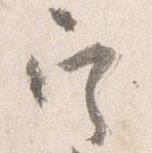
定